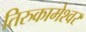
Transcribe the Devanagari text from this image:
तिरुकामेश्वर